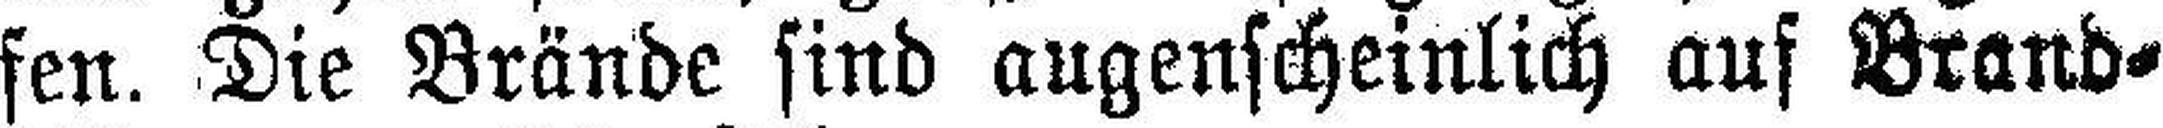
fen. Die Brände sind augenscheinlich auf Brand¬